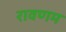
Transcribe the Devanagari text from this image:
रावणम